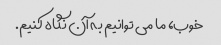
خوب، ما می توانیم به آن نگاه کنیم.